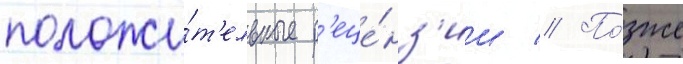
положи́т'ельные р'еце́нз'ии // По́зже